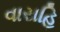
વારાહિ